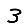
Digit: 3